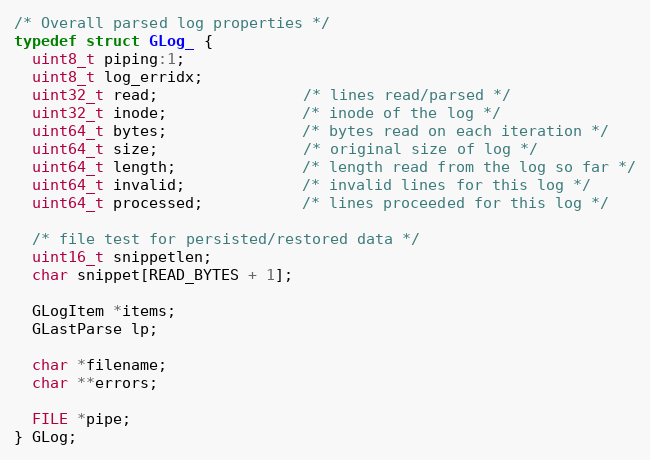
Language: C
/* Overall parsed log properties */
typedef struct GLog_ {
  uint8_t piping:1;
  uint8_t log_erridx;
  uint32_t read;                /* lines read/parsed */
  uint32_t inode;               /* inode of the log */
  uint64_t bytes;               /* bytes read on each iteration */
  uint64_t size;                /* original size of log */
  uint64_t length;              /* length read from the log so far */
  uint64_t invalid;             /* invalid lines for this log */
  uint64_t processed;           /* lines proceeded for this log */

  /* file test for persisted/restored data */
  uint16_t snippetlen;
  char snippet[READ_BYTES + 1];

  GLogItem *items;
  GLastParse lp;

  char *filename;
  char **errors;

  FILE *pipe;
} GLog;